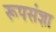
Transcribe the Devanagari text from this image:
रूपसंज्ञा